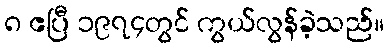
၈ ဧပြီ ၁၉၇၄တွင် ကွယ်လွန်ခဲ့သည်။